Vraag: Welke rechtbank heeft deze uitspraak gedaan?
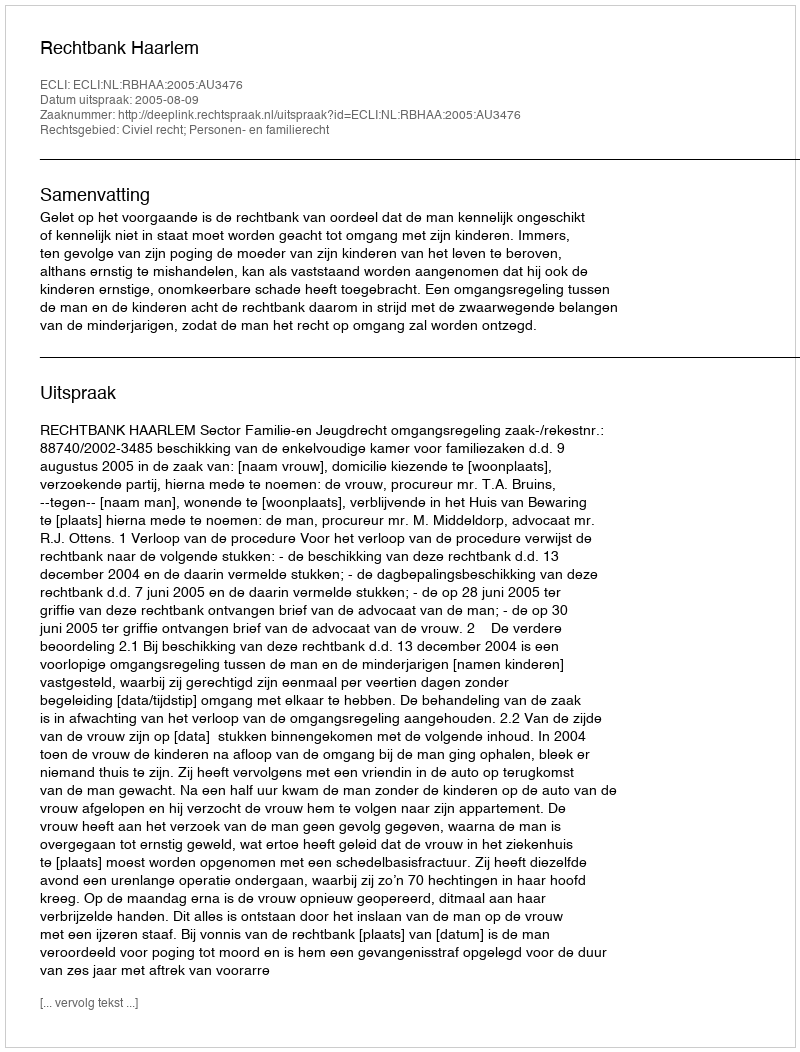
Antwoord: Rechtbank Haarlem